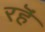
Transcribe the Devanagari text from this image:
रहॆं